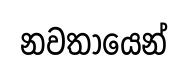
නවතායෙන්